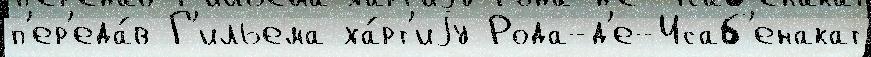
п'ер'еда́в Г'ильема ха́рт'иjу Рода-д'е-Исаб'енакат